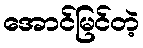
အောင်မြင်တဲ့